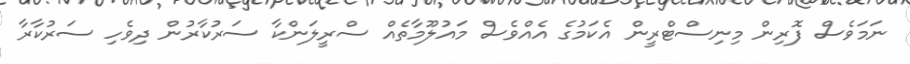
ނަމަވެސް ފޮރިން މިނިސްޓްރީން އެކަމުގެ އެއްވެސް މައުލޫމާތެއް ސްރީލަންކާ ސަރުކާރުން ދިވެހި ސަރުކާރާ